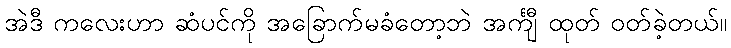
အဲဒီ ကလေးဟာ ဆံပင်ကို အခြောက်မခံတော့ဘဲ အင်္ကျီ ထုတ် ဝတ်ခဲ့တယ်။